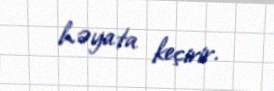
həyata keçirir.